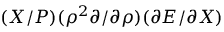
( X / P ) ( \rho ^ { 2 } \partial / \partial \rho ) ( \partial E / \partial X )